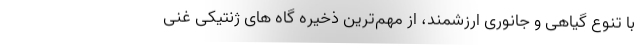
با تنوع گیاهی و جانوری ارزشمند، از مهم‌ترین ذخیره گاه های ژنتیکی غنی